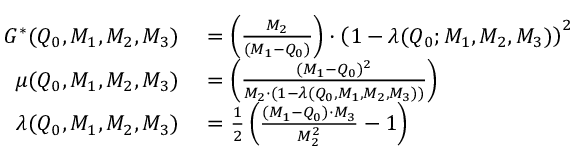
\begin{array} { r l } { G ^ { * } ( Q _ { 0 } , M _ { 1 } , M _ { 2 } , M _ { 3 } ) } & { { } = \left( \frac { M _ { 2 } } { ( M _ { 1 } - Q _ { 0 } ) } \right) \cdot \left( 1 - \lambda ( Q _ { 0 } ; M _ { 1 } , M _ { 2 } , M _ { 3 } ) \right) ^ { 2 } } \\ { \mu ( Q _ { 0 } , M _ { 1 } , M _ { 2 } , M _ { 3 } ) } & { { } = \left( \frac { ( M _ { 1 } - Q _ { 0 } ) ^ { 2 } } { M _ { 2 } \cdot ( 1 - \lambda ( Q _ { 0 } , M _ { 1 } , M _ { 2 } , M _ { 3 } ) ) } \right) } \\ { \lambda ( Q _ { 0 } , M _ { 1 } , M _ { 2 } , M _ { 3 } ) } & { { } = \frac { 1 } { 2 } \left( \frac { ( M _ { 1 } - Q _ { 0 } ) \cdot M _ { 3 } } { M _ { 2 } ^ { 2 } } - 1 \right) } \end{array}